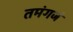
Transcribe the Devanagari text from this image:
तमंगजं